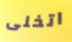
اتخلى